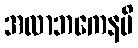
အလာဘကေနပိ